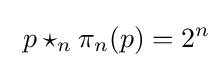
\ p\star _{n}\pi _{n}(p)=2^{n}